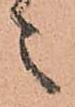
之